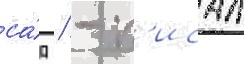
са́д / - п'исал